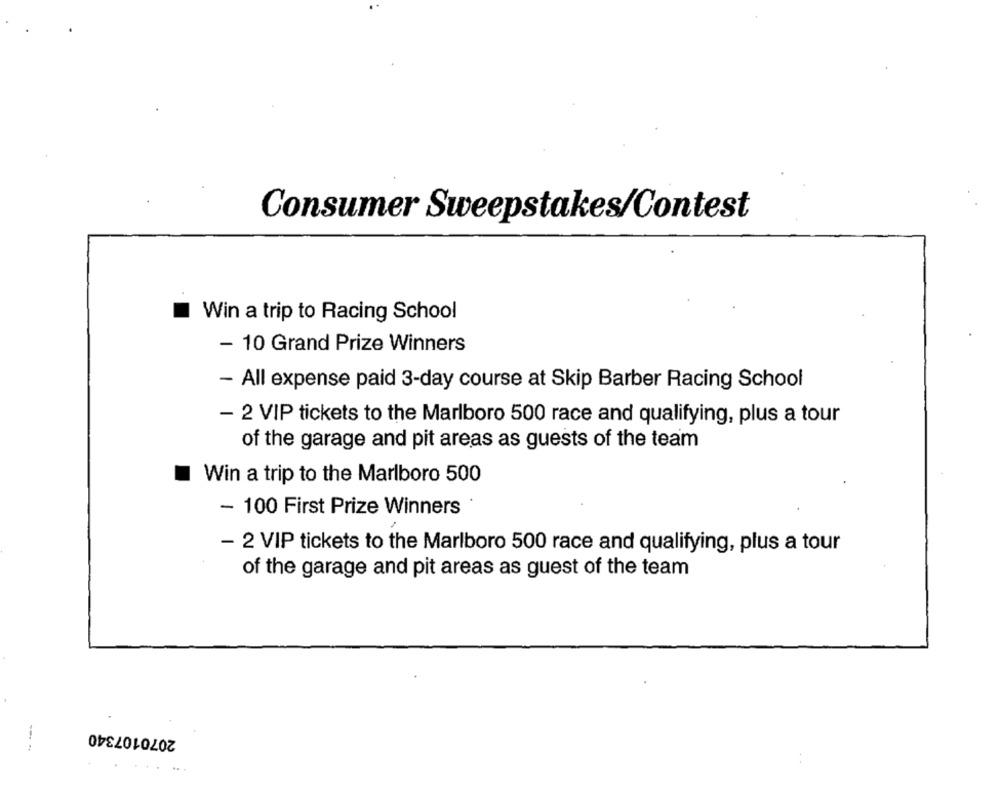
Consumer Sweepstakes/Contest
Win a trip to Racing School
- 10 Grand Prize Winners
- All expense paid 3-day course at Skip Barber Racing School
- 2 VIP tickets to the Marlboro 500 race and qualifying, plus a tour
of the garage and pit areas as guests of the team
Win a trip to the Marlboro 500
- 100 First Prize Winners
- 2 VIP tickets to the Marlboro 500 race and qualifying, plus a tour
of the garage and pit areas as guest of the team
2070107340